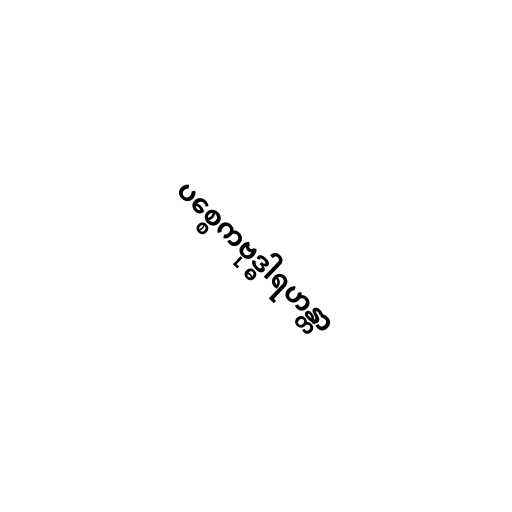
ပစ္စေကဗုဒ္ဓါရဟန္တာ